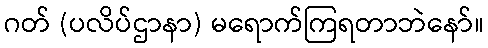
ဂတ် (ပလိပ်ဌာနာ) မရောက်ကြရတာဘဲနော်။